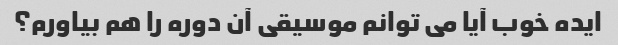
ایده خوب آیا می توانم موسیقی آن دوره را هم بیاورم؟